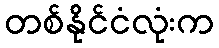
တစ်နိုင်ငံလုံးက